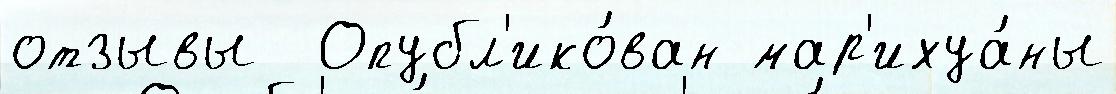
отзывы  Опубл'ико́ван мар'ихуа́ны